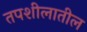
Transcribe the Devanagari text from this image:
तपशीलातील